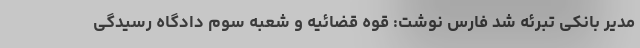
مدیر بانکی تبرئه شد فارس نوشت: قوه قضائیه و شعبه سوم دادگاه رسیدگی